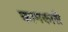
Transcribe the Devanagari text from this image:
कामकारी